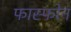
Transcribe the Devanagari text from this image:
फास्फोन